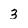
Character: 3